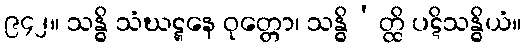
၉၄၂။ သန္ဓိ သံဃဋ္ဋနေ ဝုတ္တော၊ သန္ဓိ’တ္ထိ ပဋိသန္ဓိယံ။